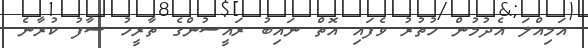
އަމިއްލަ އެދުމުން ހުތުރު ވެފައި އޮތް ނައިބު ރައީސުންގެ ތާރީހު ސާފު ކުރާނެ